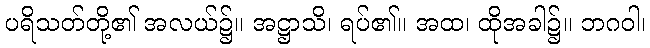
ပရိသတ်တို့၏ အလယ်၌။ အဋ္ဌာသိ၊ ရပ်၏။ အထ၊ ထိုအခါ၌။ ဘဂဝါ၊